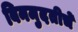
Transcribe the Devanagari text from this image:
बिनमुदतीचे